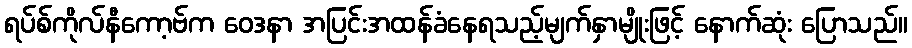
ရပ်စ်ကိုလ်နီကော့ဗ်က ဝေဒနာ အပြင်းအထန်ခံနေရသည့်မျက်နှာမျိုးဖြင့် နောက်ဆုံး ပြောသည်။